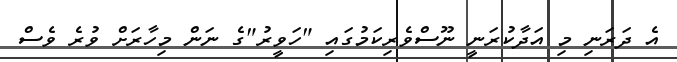
އެ ދަރަނި މި އަދާކުރަނީ ނޫސްވެރިކަމުގައި "ހަވީރު"ގެ ނަން މިހާރަށް ވުރެ ވެސް